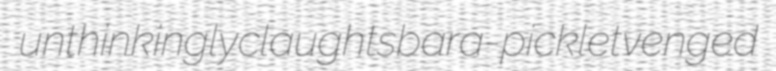
unthinkingly claughts bara-picklet venged